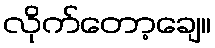
လိုက်တော့ချေ။